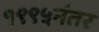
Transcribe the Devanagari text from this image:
१९९५नंतर